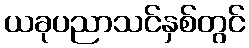
ယခုပညာသင်နှစ်တွင်